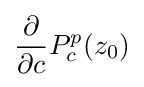
{\frac {\partial }{\partial {c}}}P_{c}^{p}(z_{0})